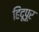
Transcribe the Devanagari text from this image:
हिंदूपूर